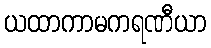
ယထာကာမကရဏီယာ